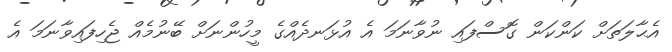
އެޙާލަތަށް ކަންކަން ގޮސްފައި ނުވާނަމަ އެ އުޅަނދެއްގެ މީހުންނަށް ބޭނުމެއް ޖެހިފައިވާނަމަ އެ